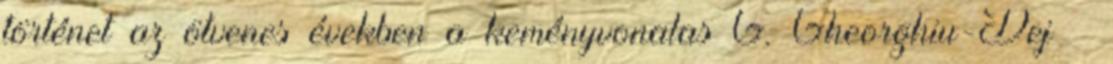
történet az ötvenes években a keményvonalas G. Gheorghiu-Dej –